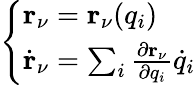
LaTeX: \left\{ \begin{array}{ll}{\mathbf{r}_{\nu}=\mathbf{r}_{\nu}(q_{i})}\\ {\dot{\mathbf{r}}_{\nu}=\sum_{i}\frac{\partial\mathbf{r}_{\nu}}{\partial q_{i}}\dot{q}_{i}}\end{array}\right.